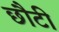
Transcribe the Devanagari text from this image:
छौटी